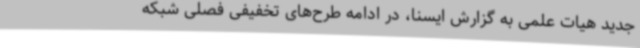
جدید هیات علمی به گزارش ایسنا، در ادامه طرح‌های تخفیفی فصلی شبکه